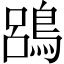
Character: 𪁳